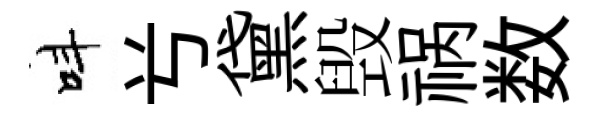
呌𠔃黛毁祸数